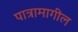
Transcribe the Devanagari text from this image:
पात्रामागील